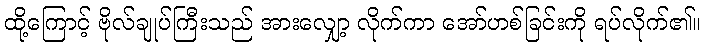
ထို့ကြောင့် ဗိုလ်ချုပ်ကြီးသည် အားလျှော့ လိုက်ကာ အော်ဟစ်ခြင်းကို ရပ်လိုက်၏။